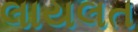
લાયલત